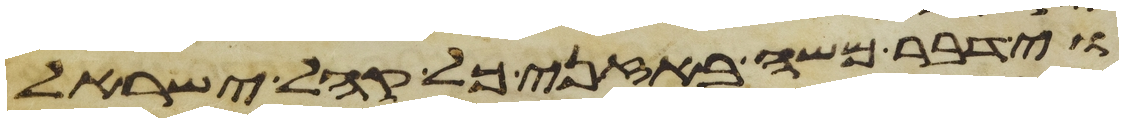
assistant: וידבר משה באזני כל קהל ישראל